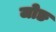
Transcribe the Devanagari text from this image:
जोङ